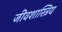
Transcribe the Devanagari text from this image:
जीवशास्त्रिय